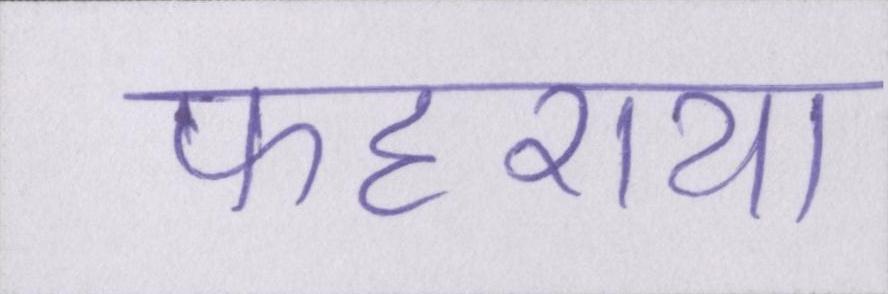
फहराया